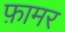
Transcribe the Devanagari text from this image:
फ़ामर